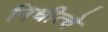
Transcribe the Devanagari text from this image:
निधीत्चे